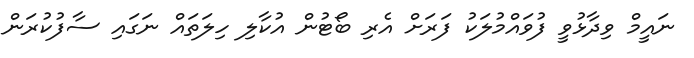
ނައީމް ވިދާޅުވީ ފުވައްމުލަކު ފަރަށް އެރި ބޯޓުން އުކާލި ހިލަތައް ނަގައި ސާފުކުރަން